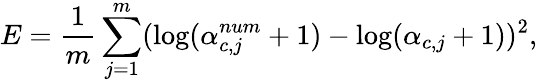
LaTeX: E=\frac{1}{m}\sum_{j=1}^{m}(\log(\alpha_{c,j}^{num}+1)-\log(\alpha_{c,j}+1))^{2},